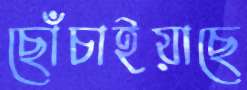
ছোঁচাইয়াছে